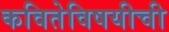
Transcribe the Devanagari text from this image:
कवितेविषयीची